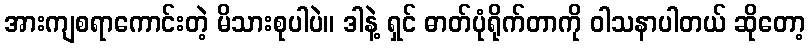
အားကျစရာကောင်းတဲ့ မိသားစုပါပဲ။ ဒါနဲ့ ရှင် ဓာတ်ပုံရိုက်တာကို ဝါသနာပါတယ် ဆိုတော့